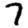
Digit: 7